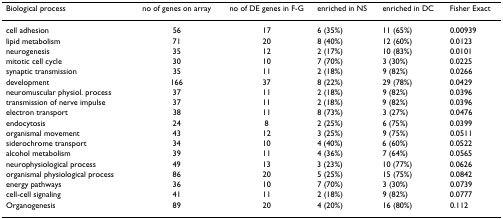
| Biological process | no of genes on array | no of DE genes in F-G | enriched in NS | enriched in DC | Fisher Exact |
 | --- | --- | --- | --- | --- | --- |
 | cell adhesion | 56 | 17 | 6 (35%) | 11 (65%) | 0.00939 |
 | lipid metabolism | 71 | 20 | 8 (40%) | 12 (60%) | 0.0123 |
 | neurogenesis | 35 | 12 | 2 (17%) | 10 (83%) | 0.0101 |
 | mitotic cell cycle | 30 | 10 | 7 (70%) | 3 (30%) | 0.0225 |
 | synaptic transmission | 35 | 11 | 2 (18%) | 9 (82%) | 0.0266 |
 | development | 166 | 37 | 8 (22%) | 29 (78%) | 0.0429 |
 | neuromuscular physiol. process | 37 | 11 | 2 (18%) | 9 (82%) | 0.0396 |
 | transmission of nerve impulse | 37 | 11 | 2 (18%) | 9 (82%) | 0.0396 |
 | electron transport | 38 | 11 | 8 (73%) | 3 (27%) | 0.0476 |
 | endocytosis | 24 | 8 | 2 (25%) | 6 (75%) | 0.0399 |
 | organismal movement | 43 | 12 | 3 (25%) | 9 (75%) | 0.0511 |
 | siderochrome transport | 34 | 10 | 4 (40%) | 6 (60%) | 0.0522 |
 | alcohol metabolism | 39 | 11 | 4 (36%) | 7 (64%) | 0.0565 |
 | neurophysiological process | 49 | 13 | 3 (23%) | 10 (77%) | 0.0626 |
 | organismal physiological process | 86 | 20 | 5 (25%) | 15 (75%) | 0.0842 |
 | energy pathways | 36 | 10 | 7 (70%) | 3 (30%) | 0.0739 |
 | cell-cell signaling | 41 | 11 | 2 (18%) | 9 (82%) | 0.0777 |
 | Organogenesis | 89 | 20 | 4 (20%) | 16 (80%) | 0.112 |